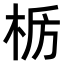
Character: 𫞊